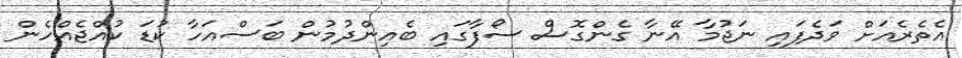
އެތެރެއަށް ވަދެފައި ނަޖުމާ އޭނާ ގެންގޮސް ސޯފާގައި ބެއިންދުމުން ބަސްއަހާ ކުޑަ ކުއްޖެއްހެން